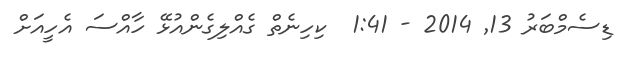
ޑިސެމްބަރު 13